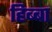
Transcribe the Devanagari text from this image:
हिब्बा